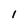
Character: 1